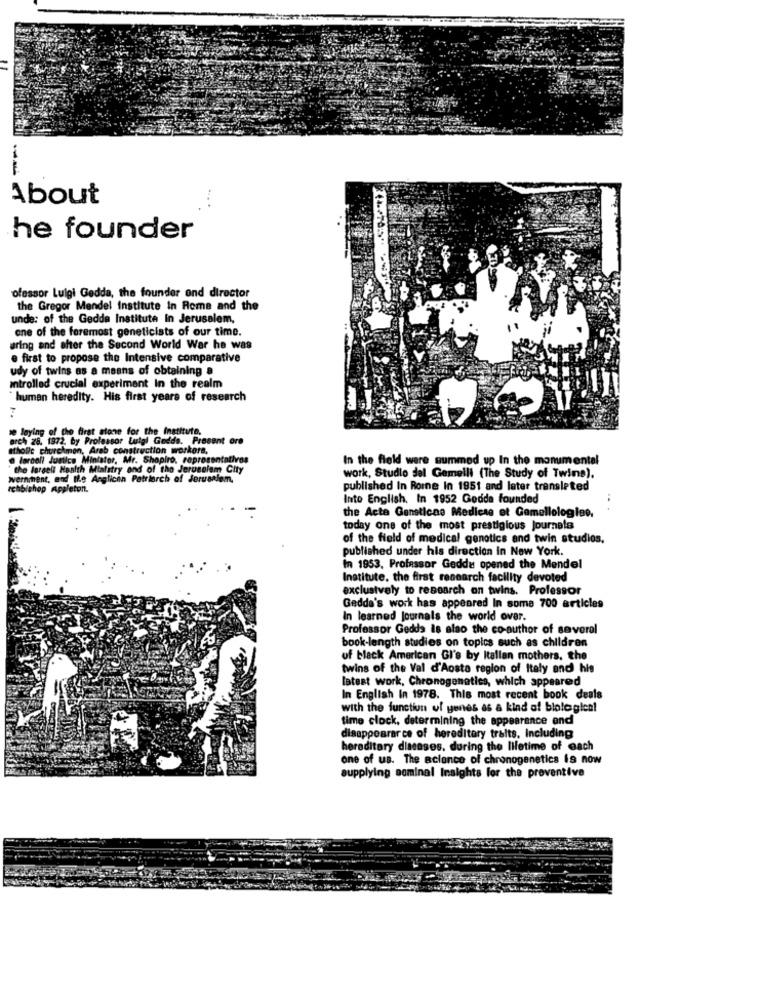
About
he founder
ofessor Luigi Gedda, the founder ond director
the Gregor Mendel Institute in Rome and the
unde: of the Gedda Institute In Jerusalem,
one of the foremost geneticists of our time.
aring and after the Second World War he was
e first to propose the Intensive comparative
udy of twins as a means of obtaining a
Introlled crucial experiment In the realm
`human heredity. His first years of research
7
se laying of the first stone for the Institute,
arch 28. 1872, by Professor Luigi Gedda. Prosent ore
atholle churchmon, Arab construction workers,
@ lorboll Justice Minister, Mr. Shapiro, representatives
In the field ware summed up In the monumental
" the largeli Hoalth Mialstry ond of the Jerusalem City
enment, and Ile Anglican Patriarch of Jerusalem.
work, Studio del Gemelli (The Study of Twins).
Ichbishop Appleton.
published In Roine In 1951 and later transleted
Into English, In 1952 Godda founded
the Acte Gensticas Medicse et Gamellologiae.
today one of the most prestigious journals
of the field of medical genetics and twin studios.
published under his direction in New York.
in 1953. Professor Geddu opened the Mendel
Institute, the first research facility devoted
exclusively to research on twins. Professor
Gedda's work has appeared In some 700 articles
In learned Journals the world over.
Professor Gedds is also the co-author of several
book-length studies on topics such as children
of black American Gl's by Italian mothers, the
twins of the Val d'Aosta region of Italy and his
latest work, Chronogenetics, which appeared
In English in 1978. This most recent book deals
with the function of yenes as a kind of blolegien!
time clock, determining the appearance and
disappeararce of hereditary traits, Including
hereditary diseases, during the lifetime of each
one of us. The aclance of chronogenetics is now
supplying seminal Insights for the preventive